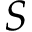
S